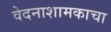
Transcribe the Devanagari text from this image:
वेदनाशामकाचा